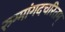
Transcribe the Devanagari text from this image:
रुग्मांगदचरितम्